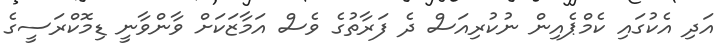
އަދި އެކުގައި ކެމްޕެއިން ނުކުރިއަސް ދެ ފަރާތުގެ ވެސް އަމާޒަކަށް ވާންވާނީ ޑިމޮކްރަސީގެ